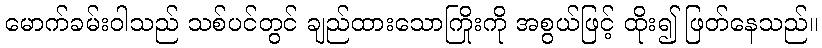
မောက်ခမ်းဝါသည် သစ်ပင်တွင် ချည်ထားသောကြိုးကို အစွယ်ဖြင့် ထိုး၍ ဖြတ်နေသည်။